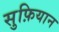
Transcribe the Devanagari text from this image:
सुफ़ियान